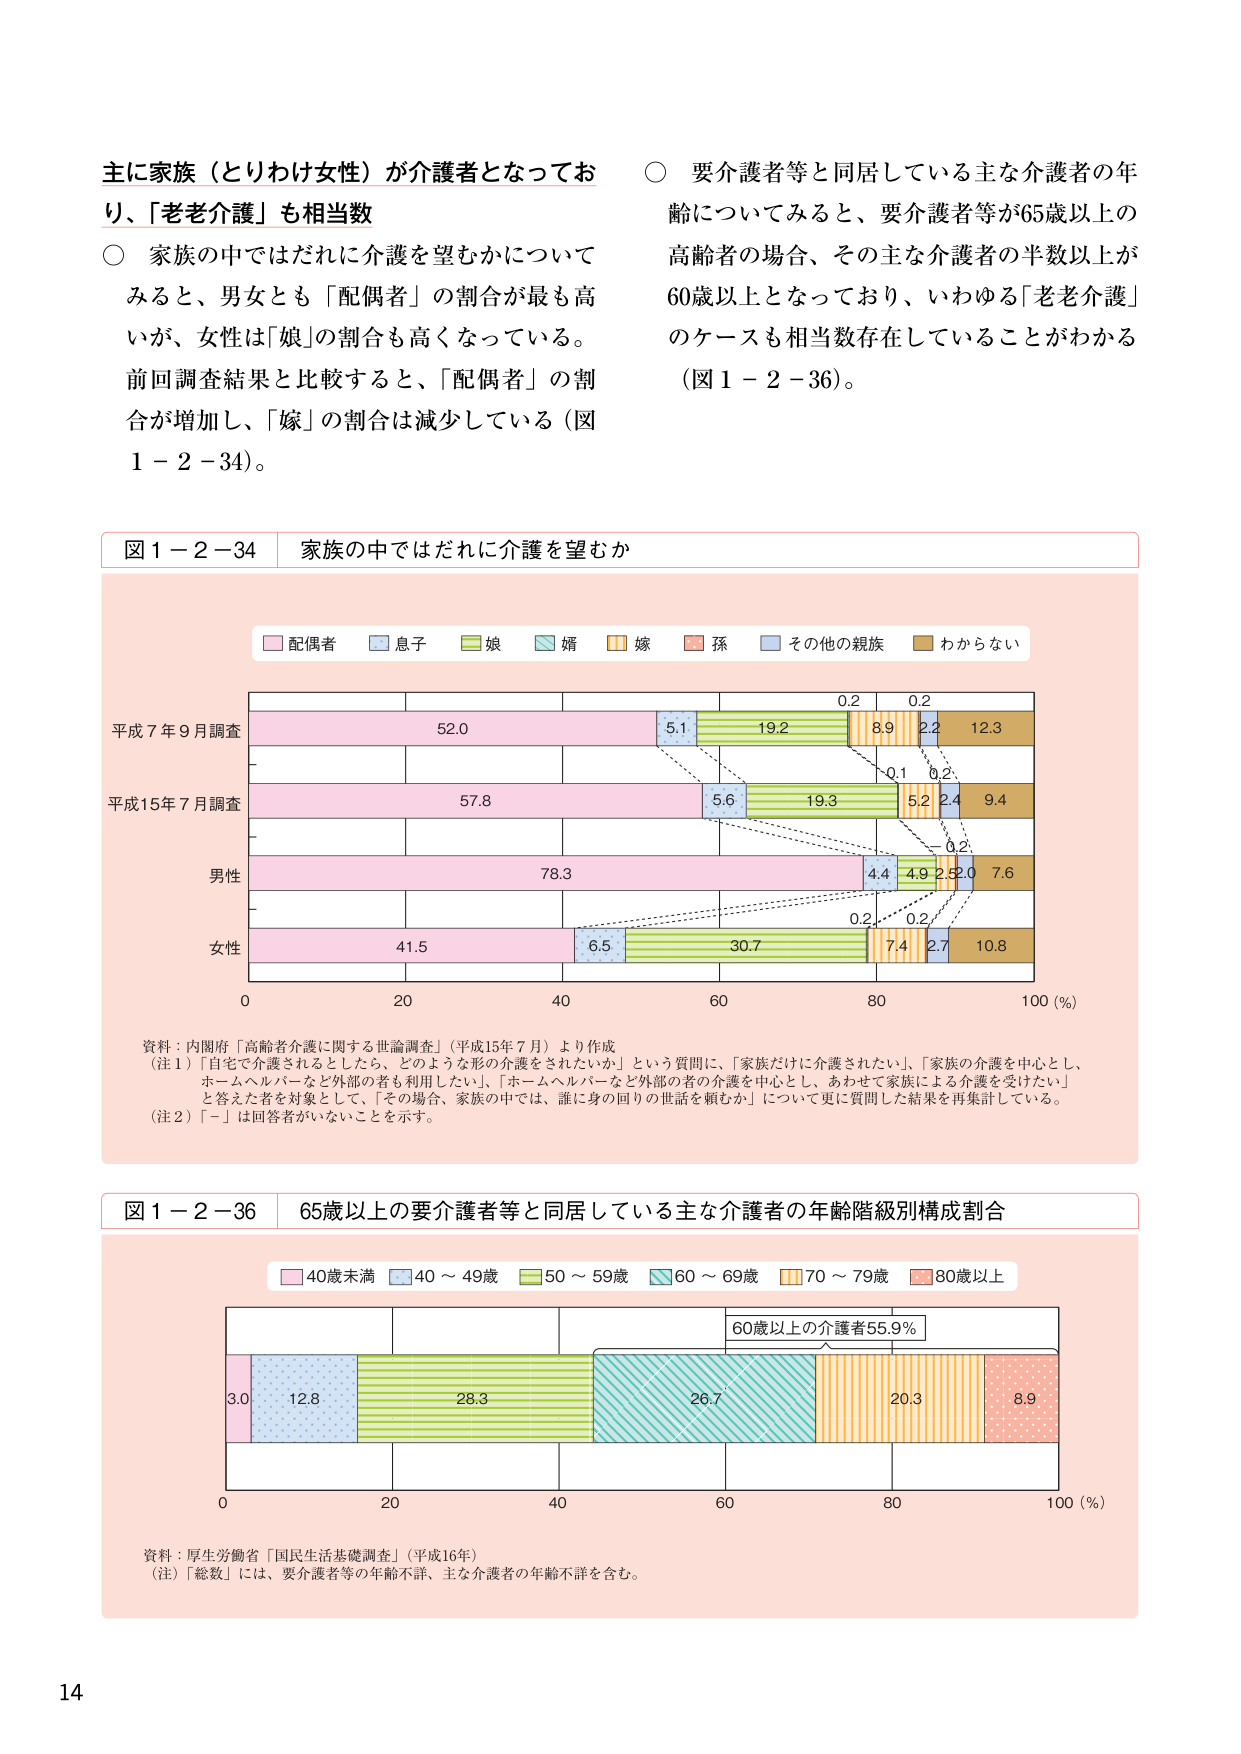
主に家族（とりわけ女性）が介護者となっており、「老老介護」も相当数

○ 家族の中ではだれに介護を望むかについてみると、男女とも「配偶者」の割合が最も高いが、女性は「娘」の割合も高くなっている。前回調査結果と比較すると、「配偶者」の割合が増加し、「嫁」の割合は減少している（図1－2－34）。

○ 要介護者等と同居している主な介護者の年齢についてみると、要介護者等が65歳以上の高齢者の場合、その主な介護者の半数以上が60歳以上となっており、いわゆる「老老介護」のケースも相当数存在していることがわかる（図1－2－36）。

図1－2－34 家族の中ではだれに介護を望むか

配偶者 息子 娘 婿 嫁 孫 その他の親族 わからない

平成7年9月調査
52.0 5.1 19.2 8.9 2.2 12.3
0.2 0.2

平成15年7月調査
57.8 5.6 19.3 5.2 2.4 9.4
0.1 0.2

男性
78.3 4.4 4.9 2.0 7.6
0.2

女性
41.5 6.5 30.7 7.4 2.7 10.8
0.2 0.2

0 20 40 60 80 100 (%)

資料：内閣府「高齢者介護に関する世論調査」（平成15年7月）より作成
（注1）「自宅で介護されるとしたなら、どのような形の介護をされたいか」という質問に、「家族だけに介護されたい」、「家族の介護を中心とし、ホームヘルパーなど外部の者も利用したい」、「ホームヘルパーなど外部の者の介護を中心とし、あわせて家族による介護を受けたい」と答えた者を対象として、「その場合、家族の中では、誰に身の回りの世話を頼むか」について更に質問した結果を再集計している。
（注2）「－」は回答者がいないことを示す。

図1－2－36 65歳以上の要介護者等と同居している主な介護者の年齢階級別構成割合

40歳未満 40～49歳 50～59歳 60～69歳 70～79歳 80歳以上

3.0 12.8 28.3 26.7 20.3 8.9
60歳以上の介護者55.9%

0 20 40 60 80 100 (%)

資料：厚生労働省「国民生活基礎調査」（平成16年）
（注）「総数」には、要介護者等の年齢不詳、主な介護者の年齢不詳を含む。

14